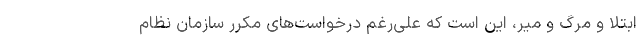
ابتلا و مرگ و میر، این است که علی‌رغم درخواست‌های مکرر سازمان نظام